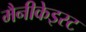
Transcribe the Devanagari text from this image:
मैनीकेइस्ट